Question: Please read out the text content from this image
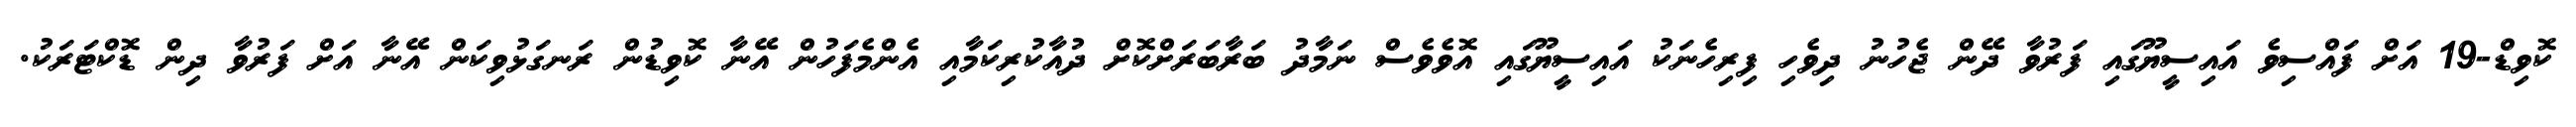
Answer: ކޮވިޑް-19 އަށް ފައްސިވެ އައިސީޔޫގައި ފަރުވާ ދޭން ޖެހުނު ދިވެހި ފިރިހެނަކު އައިސީޔޫގައި އޮވެވެސް ނަމާދު ބަރާބަރަށްކޮށް ދުއާކުރިކަމާއި އެންމެފަހުން އޭނާ ކޮވިޑުން ރަނގަޅުވިކަން އޭނާ އަށް ފަރުވާ ދިން ޑޮކްޓަރަކު.